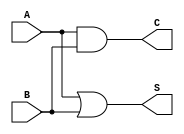
module threshold_half_adder (
    input wire A,  // First input bit
    input wire B,  // Second input bit
    output wire S, // Sum output
    output wire C  // Carry output
);

// Sum calculation: S = 1 if A + B >= 1
assign S = (A | B); // S is 1 if either A or B is 1

// Carry calculation: C = 1 if A = 1 and B = 1
assign C = A & B; // C is 1 only if both A and B are 1

endmodule